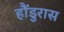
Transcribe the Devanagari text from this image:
हौंडुरास